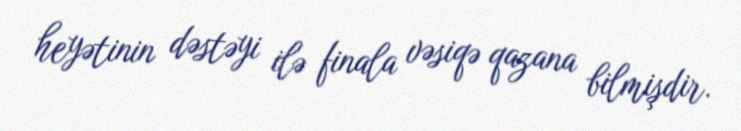
heyətinin dəstəyi ilə finala vəsiqə qazana bilmişdir.